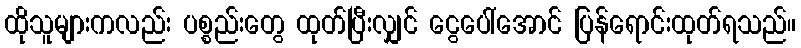
ထိုသူများကလည်း ပစ္စည်းတွေ ထုတ်ပြီးလျှင် ငွေပေါ်အောင် ပြန်ရောင်းထုတ်ရသည်။